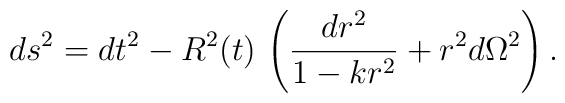
ds^2=dt^2-R^2(t)\,\left( \frac{dr^2}{1-kr^2}+r^2d\Omega ^2\right) .